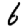
Digit: 6